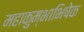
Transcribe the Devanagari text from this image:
महाकुम्भाभिषेक